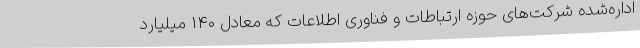
اداره‌شده شرکت‌های حوزه ارتباطات و فناوری اطلاعات که معادل ۱۴۰ میلیارد